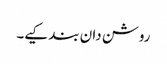
روشن دان بند کیے۔